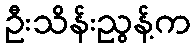
ဦးသိန်းညွန့်က